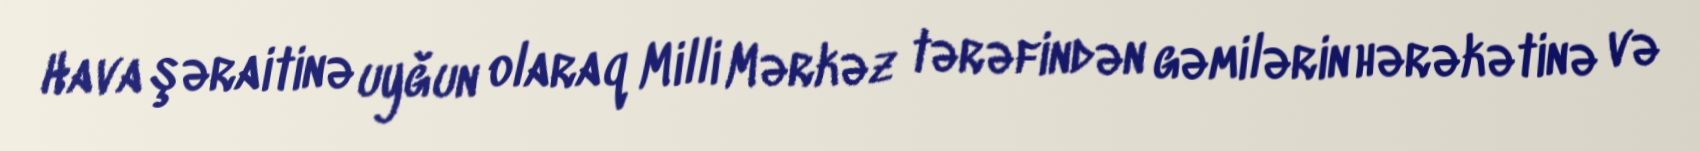
Hava şəraitinə uyğun olaraq Milli Mərkəz tərəfindən gəmilərin hərəkətinə və